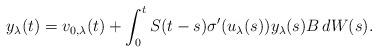
LaTeX: \begin{align*} y_\lambda(t) = v_{0,\lambda}(t) + \int_0^t S(t-s) \sigma'(u_\lambda(s)) y_\lambda(s) B\,dW(s).\end{align*}